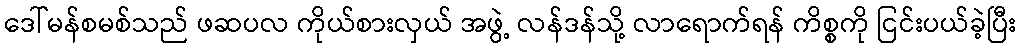
ဒေါ်မန်စမစ်သည် ဖဆပလ ကိုယ်စားလှယ် အဖွဲ့ လန်ဒန်သို့ လာရောက်ရန် ကိစ္စကို ငြင်းပယ်ခဲ့ပြီး